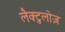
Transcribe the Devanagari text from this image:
लैक्टुलोज़